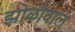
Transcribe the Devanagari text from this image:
झोळीवाले